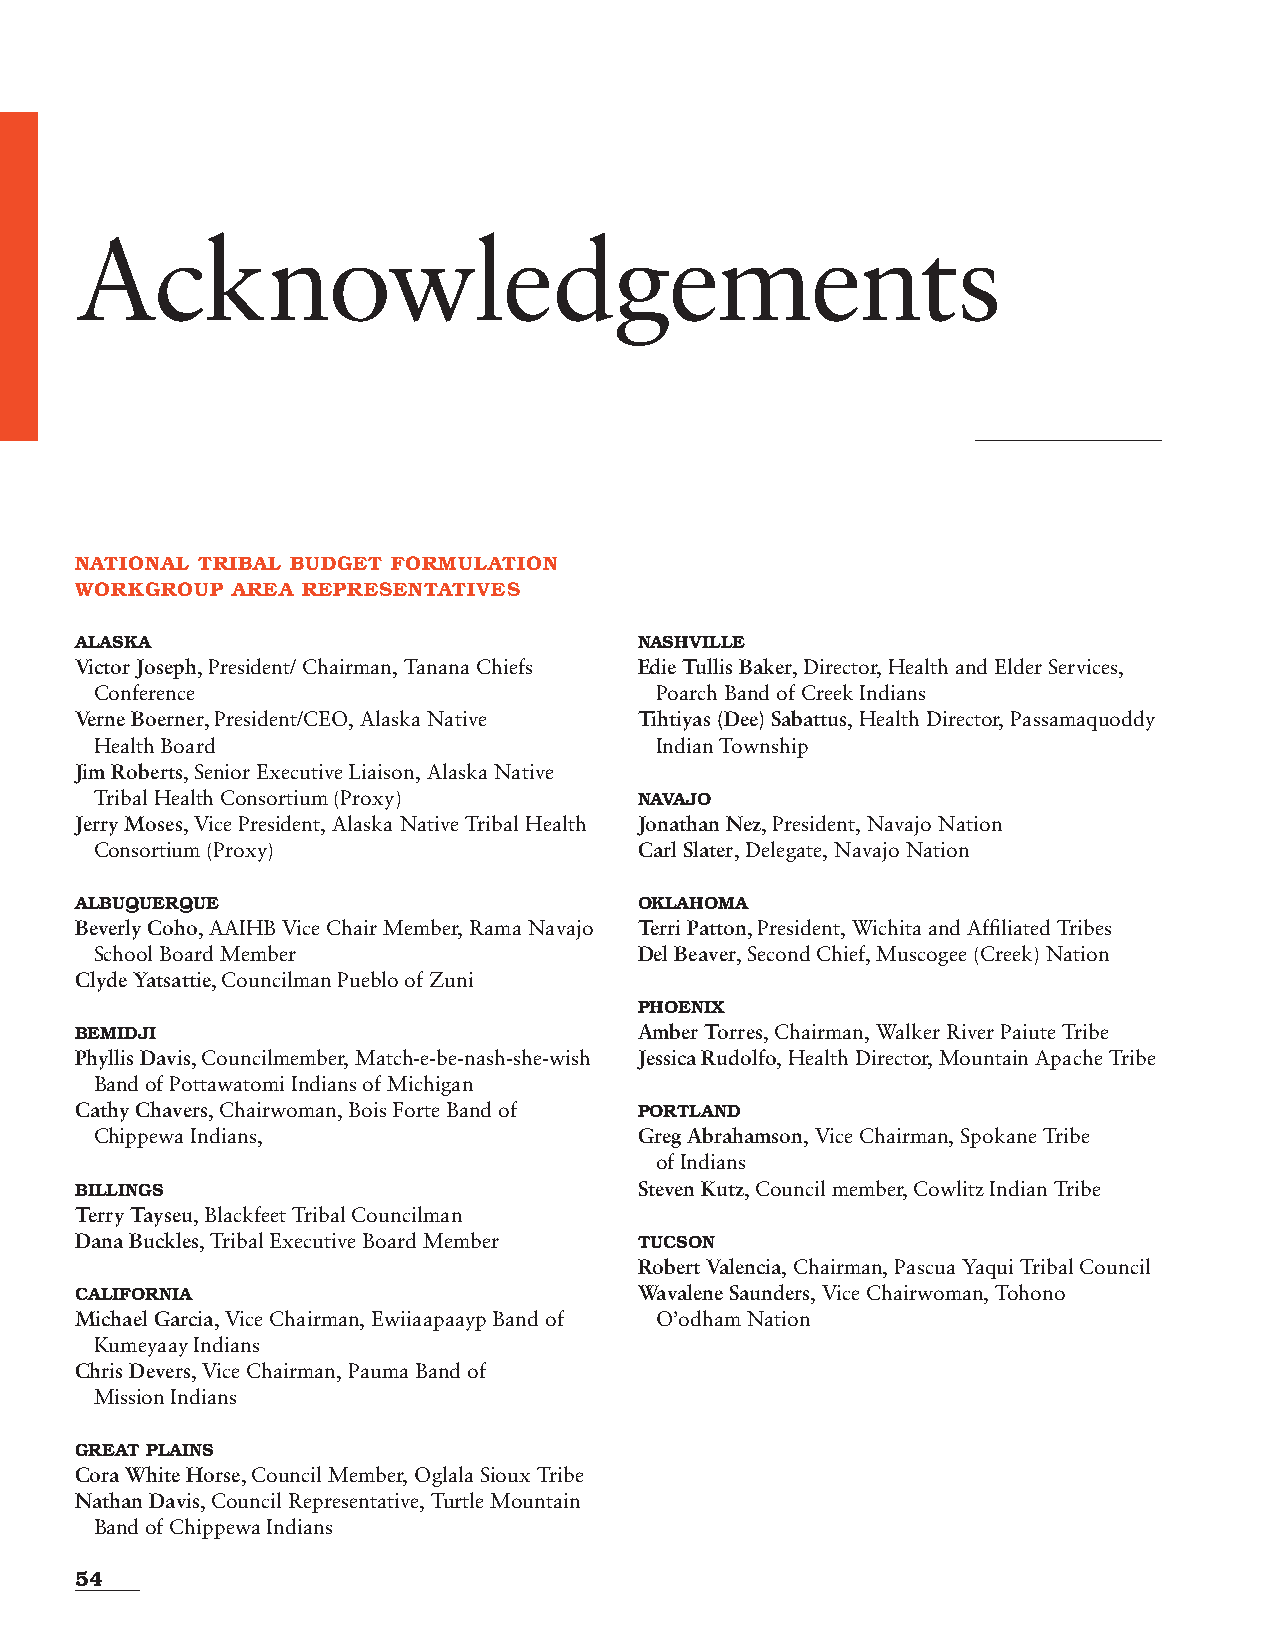
Acknowledgements
 NATIONAL TRIBAL BUDGET FORMULATION
 WORKGROUP AREA REPRESENTATIVES
 ALASKA                               NASHVILLE
 Victor Joseph, President/ Chairman, Tanana Chiefs Edie Tullis Baker, Director, Health and Elder Services,
 Conference                           Poarch Band of Creek Indians
 Verne Boerner, President/CEO, Alaska Native Tihtiyas (Dee) Sabattus, Health Director, Passamaquoddy
 Health Board                         Indian Township
 Jim Roberts, Senior Executive Liaison, Alaska Native
 Tribal Health Consortium (Proxy)    NAVAJO
 Jerry Moses, Vice President, Alaska Native Tribal Health Jonathan Nez, President, Navajo Nation
 Consortium (Proxy)                  Carl Slater, Delegate, Navajo Nation
 ALBUQUERQUE                          OKLAHOMA
 Beverly Coho, AAIHB Vice Chair Member, Rama Navajo Terri Patton, President, Wichita and Affiliated Tribes
 School Board Member                 Del Beaver, Second Chief, Muscogee (Creek) Nation
 Clyde Yatsattie, Councilman Pueblo of Zuni
 PHOENIX
 BEMIDJI                              Amber Torres, Chairman, Walker River Paiute Tribe
 Phyllis Davis, Councilmember, Match-e-be-nash-she-wish Jessica Rudolfo, Health Director, Mountain Apache Tribe
 Band of Pottawatomi Indians of Michigan
 Cathy Chavers, Chairwoman, Bois Forte Band of PORTLAND
 Chippewa Indians,                   Greg Abrahamson, Vice Chairman, Spokane Tribe
 of Indians
 BILLINGS                             Steven Kutz, Council member, Cowlitz Indian Tribe
 Terry Tayseu, Blackfeet Tribal Councilman
 Dana Buckles, Tribal Executive Board Member TUCSON
 Robert Valencia, Chairman, Pascua Yaqui Tribal Council
 CALIFORNIA                           Wavalene Saunders, Vice Chairwoman, Tohono
 Michael Garcia, Vice Chairman, Ewiiaapaayp Band of O’odham Nation
 Kumeyaay Indians
 Chris Devers, Vice Chairman, Pauma Band of
 Mission Indians
 GREAT PLAINS
 Cora White Horse, Council Member, Oglala Sioux Tribe
 Nathan Davis, Council Representative, Turtle Mountain
 Band of Chippewa Indians
 54